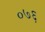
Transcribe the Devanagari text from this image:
०७६